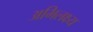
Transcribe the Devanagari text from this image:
अभिलक्ष्य